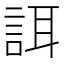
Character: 誀